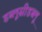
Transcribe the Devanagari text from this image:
डब्लूसीडब्लू